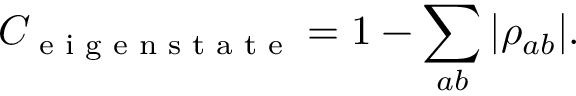
C _ { \textrm { e i g e n s t a t e } } = 1 - \sum _ { a b } | { \rho } _ { a b } | .